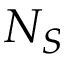
N _ { S }